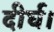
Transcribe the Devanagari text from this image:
दीर्घ।